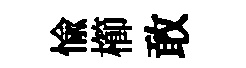
愉櫛敢